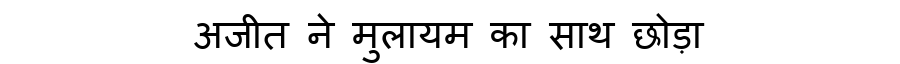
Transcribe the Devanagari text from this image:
अजीत ने मुलायम का साथ छोड़ा